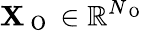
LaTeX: \mathbf{X}_{\mathrm{~O~}}\in\mathbb{R}^{N_{\mathrm{~O~}}}